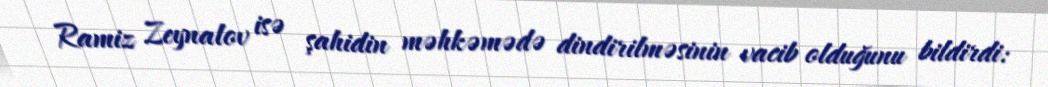
Ramiz Zeynalov isə şahidin məhkəmədə dindirilməsinin vacib olduğunu bildirdi: